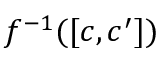
f ^ { - 1 } ( [ c , c ^ { \prime } ] )